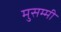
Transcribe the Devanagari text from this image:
मुसम्मी